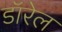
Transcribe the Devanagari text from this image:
डॉरेल